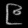
Digit: ၉